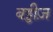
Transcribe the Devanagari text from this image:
बड्डीज़